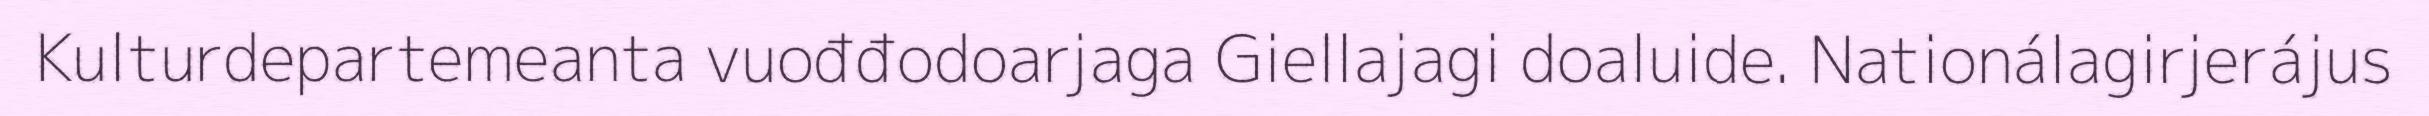
Kulturdepartemeanta vuođđodoarjaga Giellajagi doaluide. Nationálagirjerájus